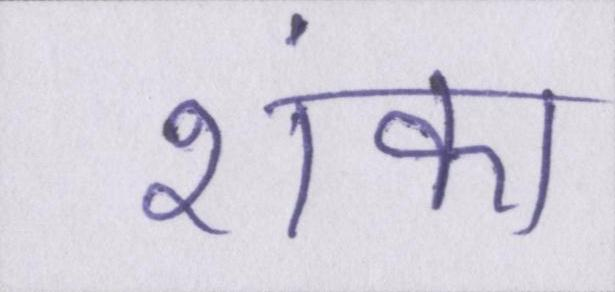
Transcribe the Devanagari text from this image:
शंका